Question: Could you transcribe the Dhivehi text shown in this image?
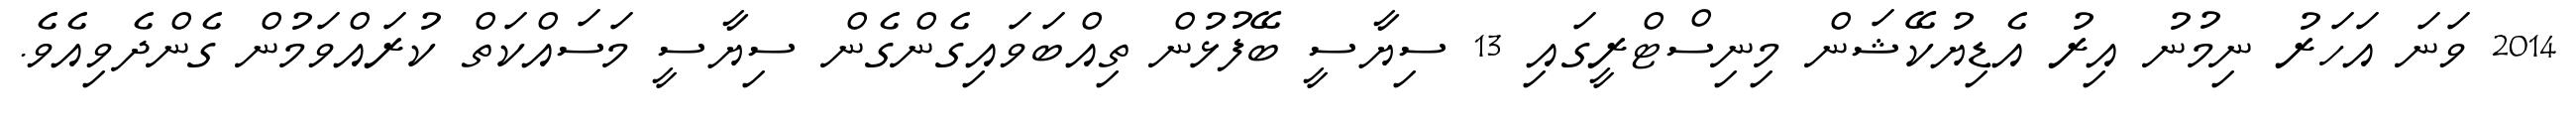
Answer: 2014 ވަނަ އަހަރު ނިމުނު އިރު އެޑިޔުކޭޝަން މިނިސްޓްރީގައި 13 ސިޔާސީ ބޭފުޅުން ތިއްބަވައިގެންގެން ސިޔާސީ މަސައްކަތް ކުރައްވަމުން ގެންދެވިއެވެ.